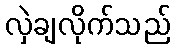
လှဲချလိုက်သည်